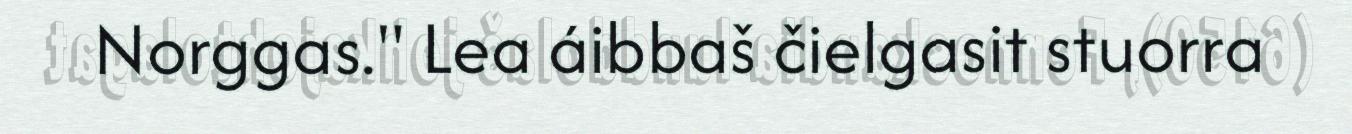
Norggas." Lea áibbaš čielgasit stuorra